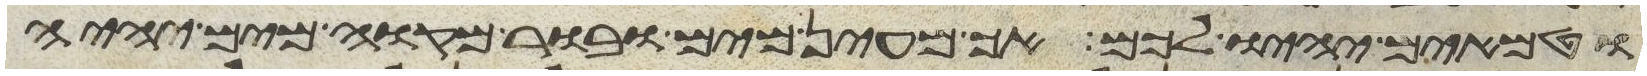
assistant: וטמאים יהיו לכם אך מעין מים ובור מקוה מים יהיה